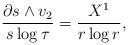
LaTeX: \begin{align*}\frac{\partial s\wedge v_2}{s\log\tau} = \frac{X^1}{r\log r},\end{align*}